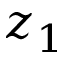
z _ { 1 }